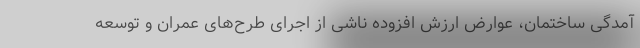
آمدگی ساختمان، عوارض ارزش افزوده ناشی از اجرای طرح‌های عمران و توسعه